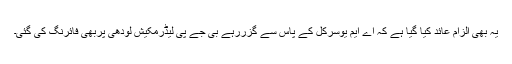
یہ بھی الزام عائد کیا گیا ہے کہ اے ایم یوسرکل کے پاس سے گزررہے بی جے پی لیڈرمکیش لودھی پربھی فائرنگ کی گئی۔